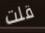
قلت